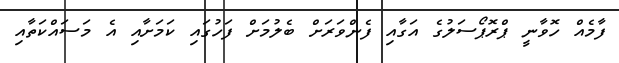
ފާމެއް ހޮވާނީ ޕްރޮޕޯސަލުގެ އަގާއި ފެންވަރަށް ބެލުމަށް ފަހުގައި ކަމަށާއި އެ މަސައްކަތާއި